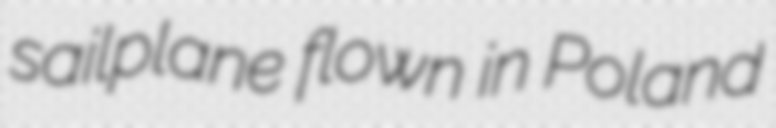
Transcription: sailplane flown in Poland